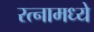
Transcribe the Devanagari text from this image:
रत्‍नामध्ये